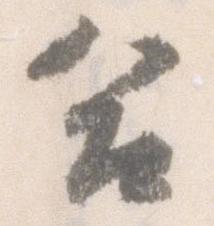
合